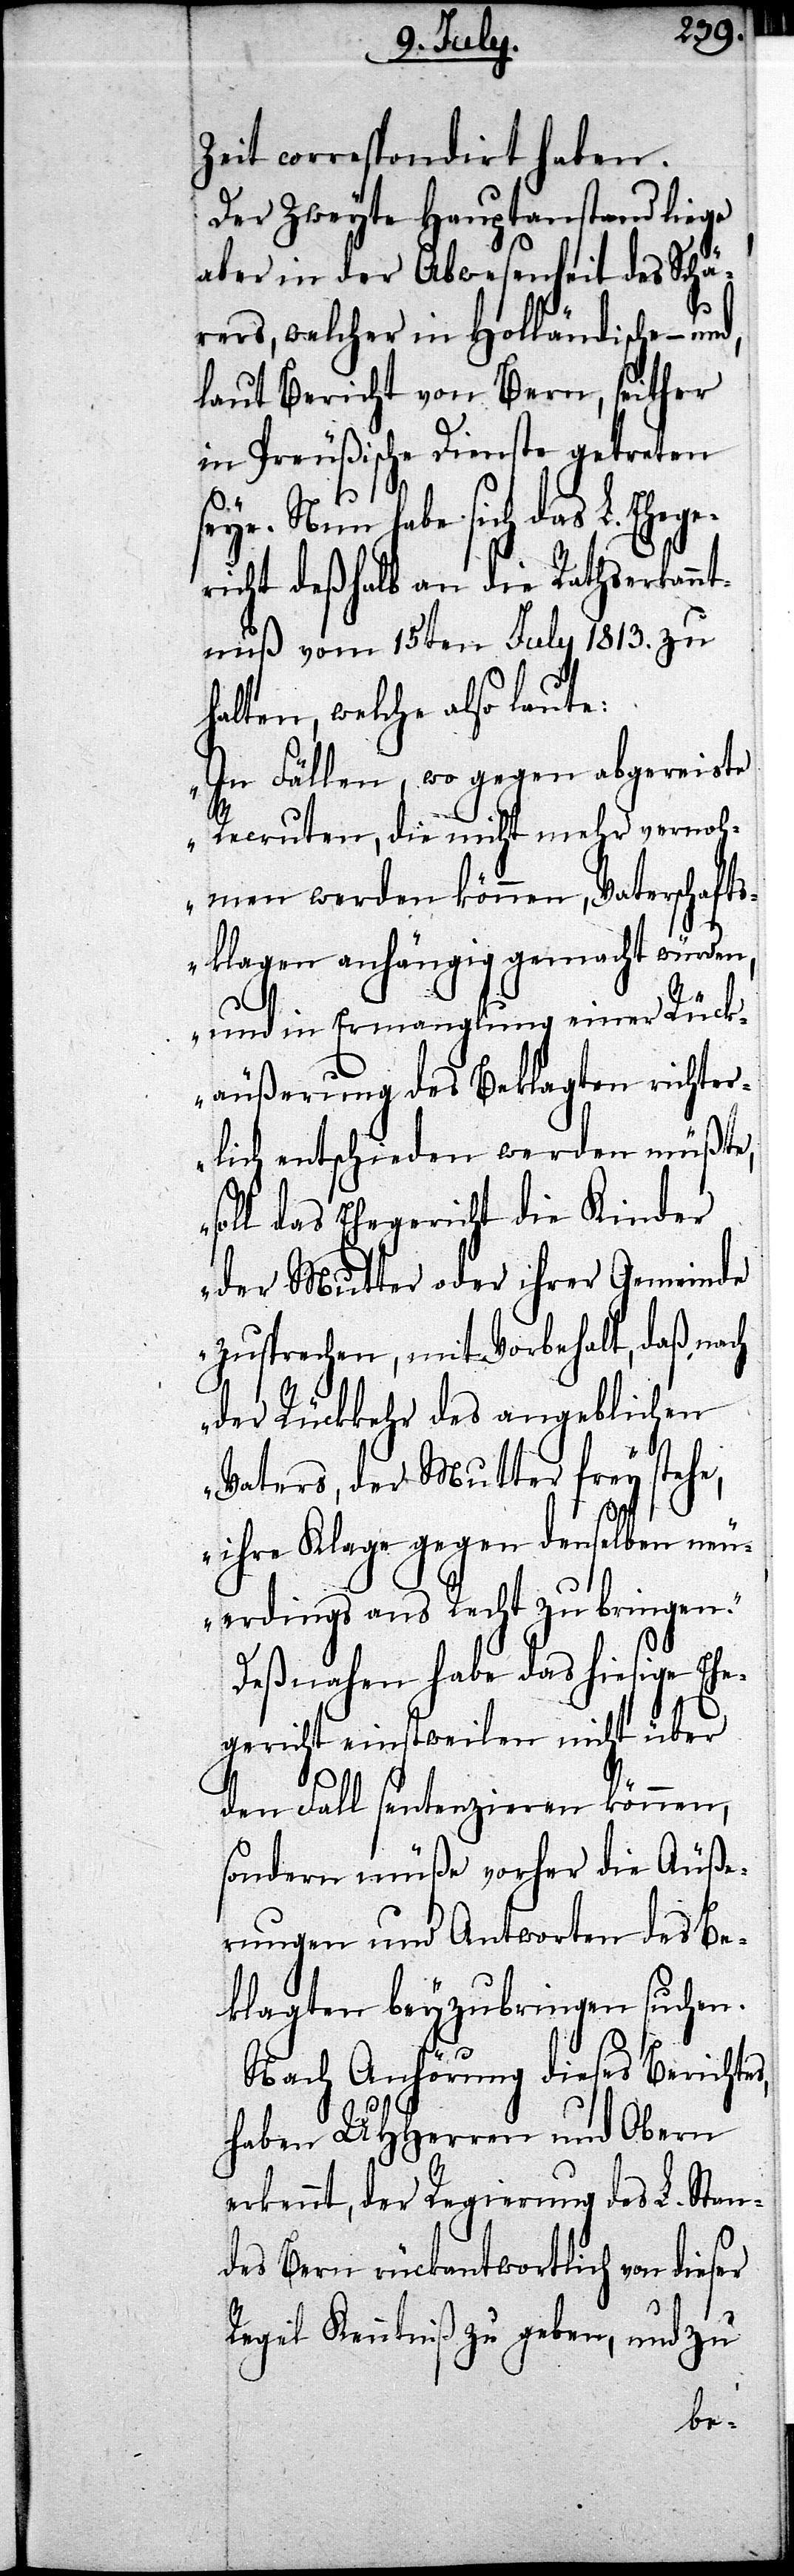
Zeit correspondirt haben.
Der zweyte Hauptanstand liege
aber in der Abwesenheit des Schä¬
rers, welcher in Holländische – und,
laut Bericht von Bern, seither
in Preußische Dienste getreten
seye. Nun habe sich das L. Ehe¬
richt deßhalb an die Rathserkennt¬
nuß vom 15ten July 1813. zu
halten, welche also laute:
„In Fällen, wo gegen abgereiste
Recruten, die nicht mehr vernoh¬
men werden könne, Vaterschafts¬
klagen anhängig gemacht würden,
und in Ermanglung einer Rück¬
äußerung des Beklagten richter¬
lich entschieden werden müßte,
soll das Ehegericht die Kinder
der Mutter oder ihrer Gemeinde
zusprechen, mit Vorbehalt, daß nach
der Rückkehr des angeblichen
Vaters, der Mutter frey stehe,
ihre Klage gegen denselben ne¬
uerdings aus Recht zu bringen.“
Deßnahen habe das hiesige Ehe¬
gericht einstweilen nicht über
den Fall senterzieren können,
sondern müße vorher die Äuße¬
rungen und Antworten des Be¬
klagten beyzubringen suchen.
Nach Anhörung dieses Berichtes,
haben UHHerren und Obern
erkennt, der Regierung des L. Stan¬
des Bern rückantwortlich von dieser
Regel Kenntniß zu geben, und zu
ge¬